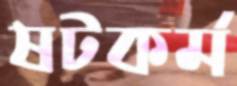
ষটকর্ম